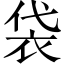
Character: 袋